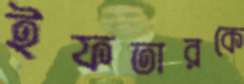
ইফতারকে